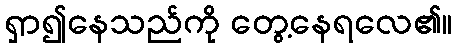
ရှာ၍နေသည်ကို တွေ့နေရလေ၏။